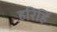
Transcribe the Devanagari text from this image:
हरिहिं